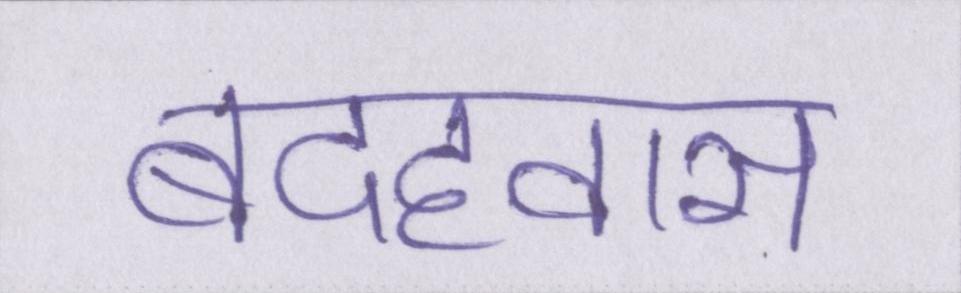
बदहवास